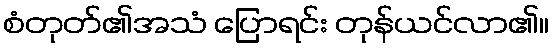
စံတုတ်၏အသံ ပြောရင်း တုန်ယင်လာ၏။